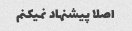
اصلا پیشنهاد نمیکنم